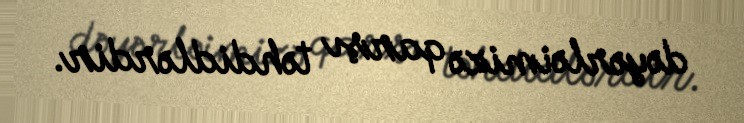
dəyərləimizə qarşı təhdidlərdir.